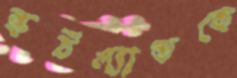
স্কটল্যান্ডকে